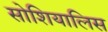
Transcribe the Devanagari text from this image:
सोशियालिस